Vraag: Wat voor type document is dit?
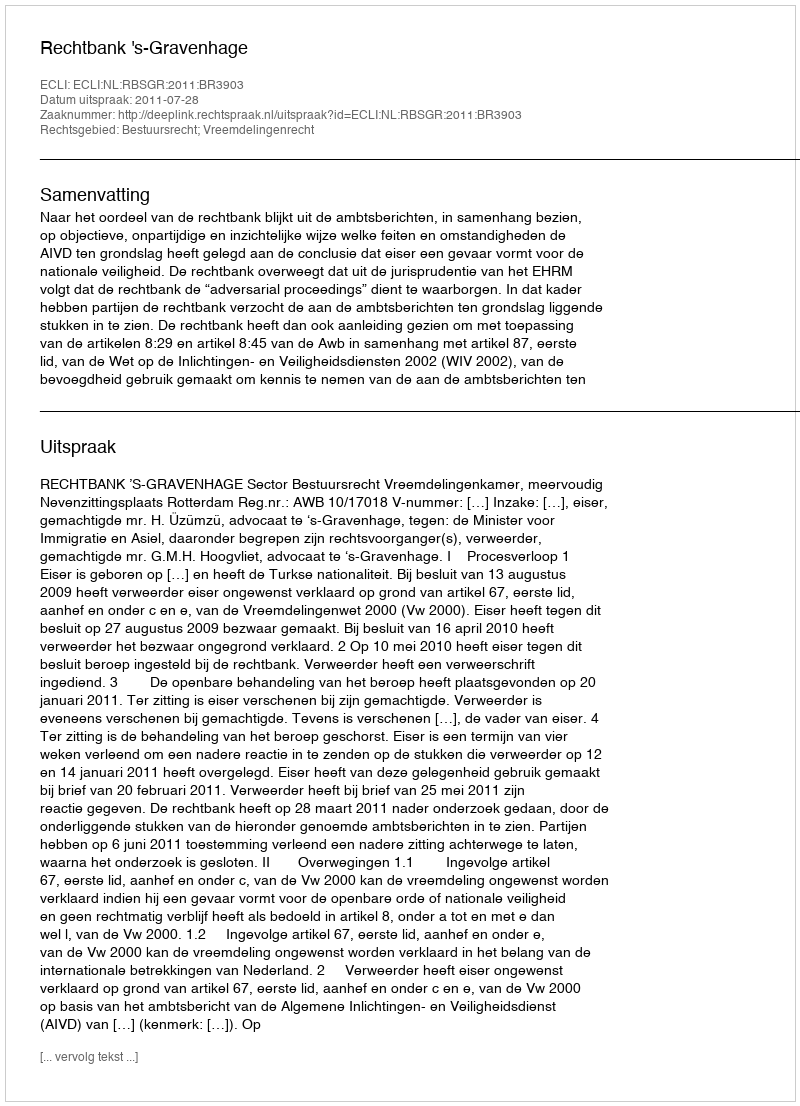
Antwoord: Uitspraak